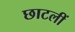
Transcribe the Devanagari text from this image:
छाटलीं